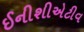
ઈનીશીએટીવ